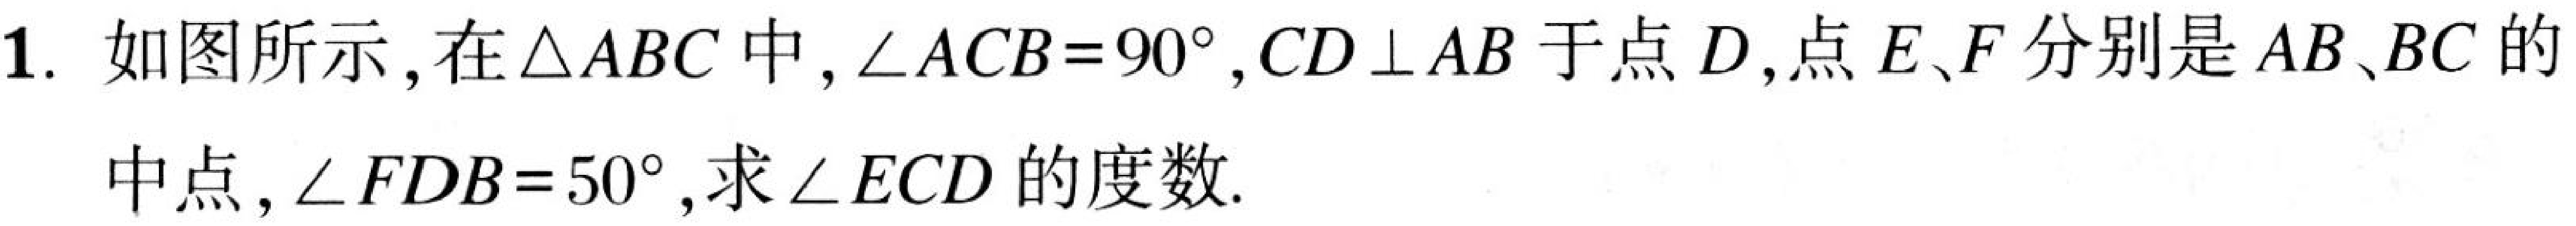
1. 如图所示,在\(\triangle ABC\)中,\(\angle ACB = 90^{\circ},CD\perp AB\)于点\(D\),点\(E、F\)分别是\(AB、BC\)的
中点,\(\angle FDB = 50^{\circ}\),求\(\angle ECD\)的度数.